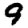
Digit: 9